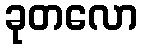
ခုတလော